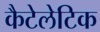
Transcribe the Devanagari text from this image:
कैटेलेटिक